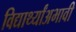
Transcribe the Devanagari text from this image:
विद्यार्थ्यांअभावी